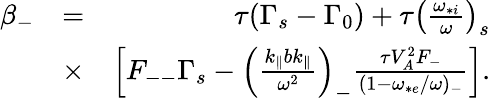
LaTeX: \begin{array}{rlr}{\beta_{-}}&{=}&{\tau(\Gamma_{s}-\Gamma_{0})+\tau\left(\frac{\omega_{*i}}{\omega}\right)_{s}}\\ &{\times}&{\left[F_{--}\Gamma_{s}-\left(\frac{k_{\parallel}bk_{\parallel}}{\omega^{2}}\right)_{-}\frac{\tau V_{A}^{2}F_{-}}{(1-\omega_{*e}/\omega)_{-}}\right].}\end{array}